Indian journal of veterinary science and animal husbandry - Volume 6,
Year: 1936
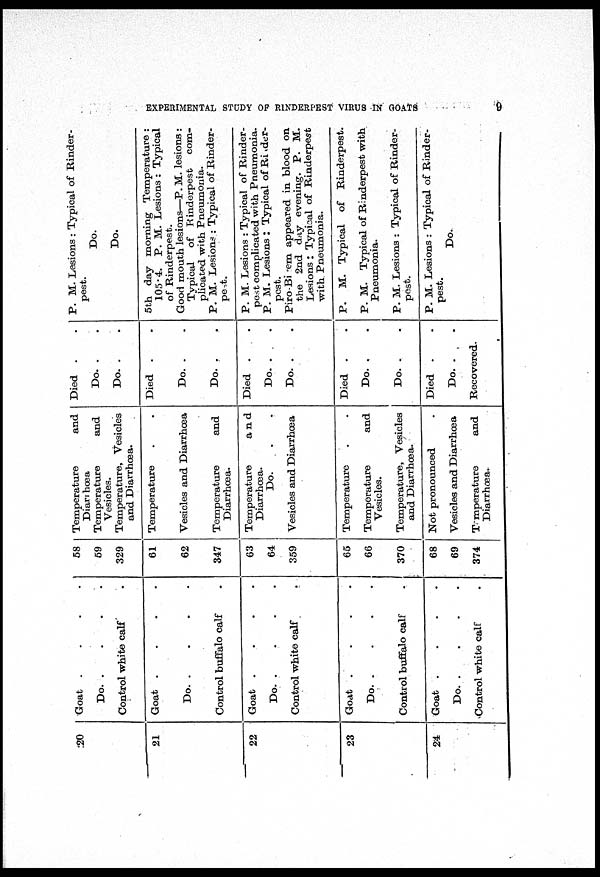
EXPERIMENTAL STUDY OF RINDERPEST VIRUS IN GOATS
9
20
21
22
23
24
Goat . . . .
Do.
.
.
.
.
Control white calf .
Goat
.
.
.
.
Do.
.
.
.
.
Control buffalo calf .
Goat
.
.
.
.
Do.
.
.
.
.
Control white calf .
Goat . . . .
Do.
.
.
.
.
Control buffalo calf .
Goat
.
.
.
.
Do.
.
.
.
.
Control white calf .
58
59
329
61
62
347
63
64
359
65
66
370
68
69
374
Temperature
and
Diarrhœa
Temperature
and
Vesicles.
Temperature, Vesicles
and Diarrhœa.
Temperature . .
Vesicles and Diarrhœa
Temperature
and
Diarrhœa.
Temperature
and
Diarrhœa.
Do. . .
Vesicles and Diarrhœa
Temperature . .
Temperature
and
Vesicles.
Temperature, Vesicles
and Diarrhœa.
Not pronounced .
Vesicles and Diarrhœa
Temperature
and
Diarrhœa.
Died . .
Do. . .
Do. . .
Died . .
Do. . .
Do. . .
Died . .
Do. . .
Do. . .
Died . .
Do. . .
Do. . .
Died . .
Do. . .
Recovered.
P. M. Lesions : Typical of Rinder-
pest.
Do.
Do.
5th day morning Temperature :
105.4. P. M. Lesions: Typical
of Rinderpest.
Good mouth lesions—P. M. lesions :
Typical of Rinderpest com-
plicated with Pneumonia.
P. M. Lesions : Typical of Rinder-
pest.
P. M. Lesions : Typical of Rinder-
pest complicated with Pneumonia.
P. M. Lesions: Typical of Rinder-
pest.
Piro-Bi rem appeared in blood on
the 2nd day evening. P. M.
Lesions : Typical of Rinderpest
with Pneumonia.
P. M. Typical of Rinderpest.
P. M. Typical of Rinderpest with
Pneumonia.
P. M. Lesions : Typical of Rinder-
pest.
P. M. Lesions : Typical of Rinder-
pest.
Do.